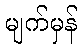
မျက်မှန်